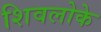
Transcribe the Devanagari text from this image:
शिवलोके